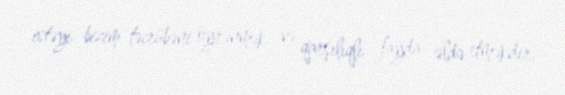
istəyi bizim təcrübəni öyrənmək və qarşılıqlı fayda əldə etməkdir.